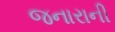
જનારાની